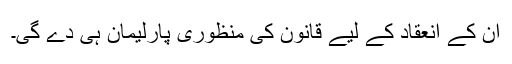
ان کے انعقاد کے لیے قانون کی منظوری پارلیمان ہی دے گی۔